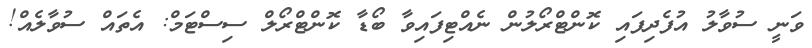
ވަނީ ސުވާލު އުފެދިފައި ކޮންޓްރޯލުން ނެއްޓިފައިވާ ބޯޑާ ކޮންޓްރޯލް ސިސްޓަމް: އެތައް ސުވާލެއް!